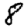
Digit: 8